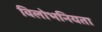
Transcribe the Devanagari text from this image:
विलोभनियता